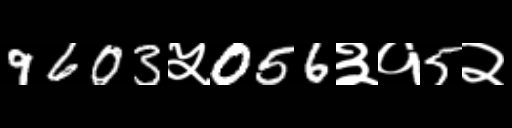
Text: 9603५056३१5२